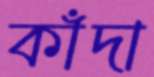
কাঁদা